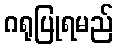
ဂရုပြုရမည်